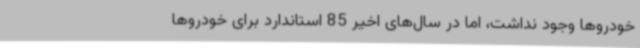
خودروها وجود نداشت، اما در سال‌های اخیر 85 استاندارد برای خودروها